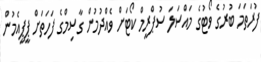
ފުރަތަމަ ބުރުގެ ވޯޓުގެ މައްސަލަ ސުޕްރީމް ކޯޓަށް ވެއްދުމުން ގާސިމްގެ ފަހަތަށް ޕީޕީއެމުން